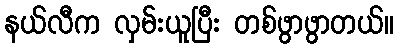
နယ်လီက လှမ်းယူပြီး တစ်ဖွာဖွာတယ်။